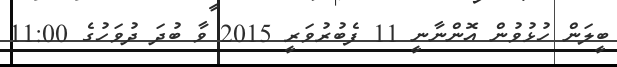
ބީލަން ހުޅުވުން އޮންނާނީ 11 ފެބުރުވަރީ 2015 ވާ ބުދަ ދުވަހުގެ 11:00